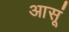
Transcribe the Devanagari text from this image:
आसूं